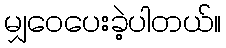
မျှဝေပေးခဲ့ပါတယ်။